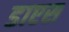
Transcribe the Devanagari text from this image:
डाएस